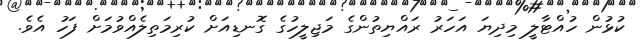
ކުޅުން ހުއްޓާލީ މިދިޔަ އަހަރު ރައްޔިތުންގެ މަޖިލީހުގެ ގޮނޑިއަށް ކުރިމަތިލެއްވުމަށް ފަހު އެވެ.